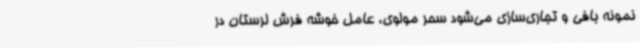
نمونه بافی و تجاری‌سازی می‌شود سحر مولوی، عامل خوشه فرش لرستان در